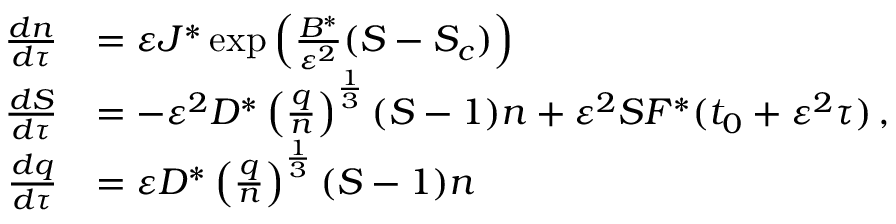
\begin{array} { r l } { { \frac { d n } { d \tau } } } & { = { \varepsilon } J ^ { * } \exp \left( \frac { B ^ { * } } { { \varepsilon } ^ { 2 } } ( S - S _ { c } ) \right) } \\ { { \frac { d S } { d \tau } } } & { = \leavevmode { - { \varepsilon } ^ { 2 } D ^ { * } \left( \frac { q } { n } \right) ^ { \frac { 1 } { 3 } } ( S - 1 ) n + { \varepsilon } ^ { 2 } S F ^ { * } ( t _ { 0 } + { \varepsilon } ^ { 2 } \tau ) \, , } } \\ { { \frac { d q } { d \tau } } } & { = { \varepsilon } D ^ { * } \left( \frac { q } { n } \right) ^ { \frac { 1 } { 3 } } ( S - 1 ) n } \end{array}